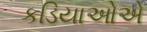
કડિયાઓએ